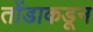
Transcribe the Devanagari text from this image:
तोंडाकडून